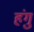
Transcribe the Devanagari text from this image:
हंगु